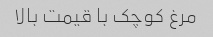
مرغ کوچک با قیمت بالا